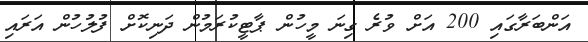
އަންބަރާގައި 200 އަށް ވުރެ ގިނަ މީހުން ޕާޓީކުރަމުން ދަނިކޮށް ފުލުހުން އަރައި